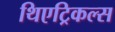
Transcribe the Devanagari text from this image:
थिएट्रिकल्स